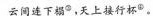
云阔连下榻^{③}，天上接行杯^{④}。